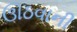
ઊઠવાની